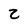
Character: z